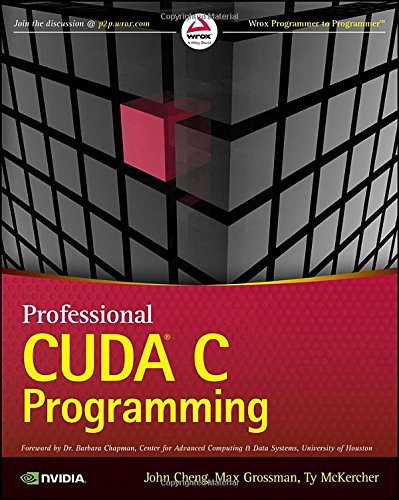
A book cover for Professional CUDA C Programming; John Cheng; Computers & Technology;